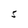
Character: S